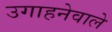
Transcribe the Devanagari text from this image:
उगाहनेवाले